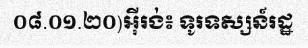
០៨.០១.២០)អ៊ីរង់៖ ទូរទស្សន៍រដ្ឋ